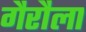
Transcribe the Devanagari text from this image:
गैरौला